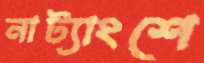
নাট্যাংশে